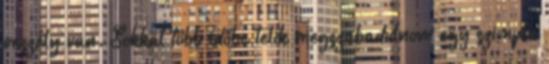
veszély van. Sokkal több időbe telik megszabadulnom egy szimpla